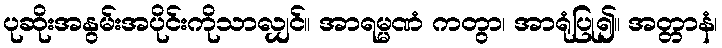
ပုဆိုးအနွမ်းအပိုင်းကိုသာလျှင်။ အာရမ္မဏံ ကတွာ၊ အာရုံပြု၍။ အတ္တာနံ၊